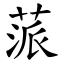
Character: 蒎